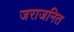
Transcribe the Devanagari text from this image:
जराजनित